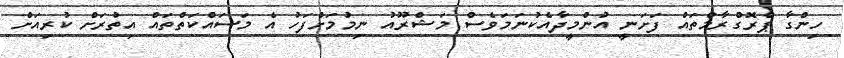
ހިންގާ ޕްރޮގްރާމްތައް ފަށަނީ އުންމީދާއެކުނަމަވެސް މަޝްރޫއު ނިމުމަށްފަހު އެ މަސައްކަތްތައް އިތުރަށް ކުރިއަށް